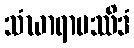
သံဃာရာမဿိဒံ